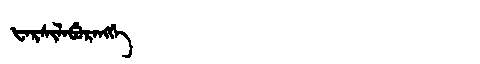
Manchu: ᡶᠠᡵᠰᡳᠯᠠᠪᡠᡵᠠᠩᡤᡝ
Romanization: FARSILABURANGGE